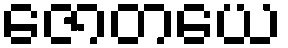
ဇောတယေ